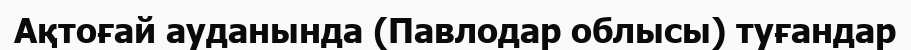
Ақтоғай ауданында (Павлодар облысы) туғандар